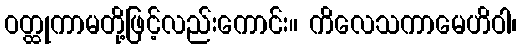
ဝတ္ထုကာမတို့ဖြင့်လည်းကောင်း။ ကိလေသကာမေဟိဝါ၊